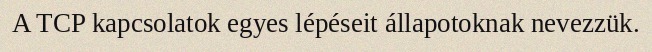
A TCP kapcsolatok egyes lépéseit állapotoknak nevezzük.